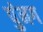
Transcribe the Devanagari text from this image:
पुंमग